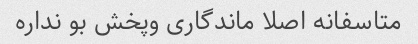
متاسفانه اصلا ماندگاری وپخش بو نداره